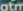
atm